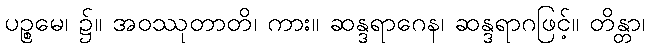
ပဉ္စမေ၊ ၌။ အဝဿုတာတိ၊ ကား။ ဆန္ဒရာဂေန၊ ဆန္ဒရာဂဖြင့်။ တိန္တာ၊